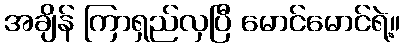
အချိန် ကြာရှည်လှပြီ မောင်မောင်ရဲ့။